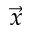
\vec { x }